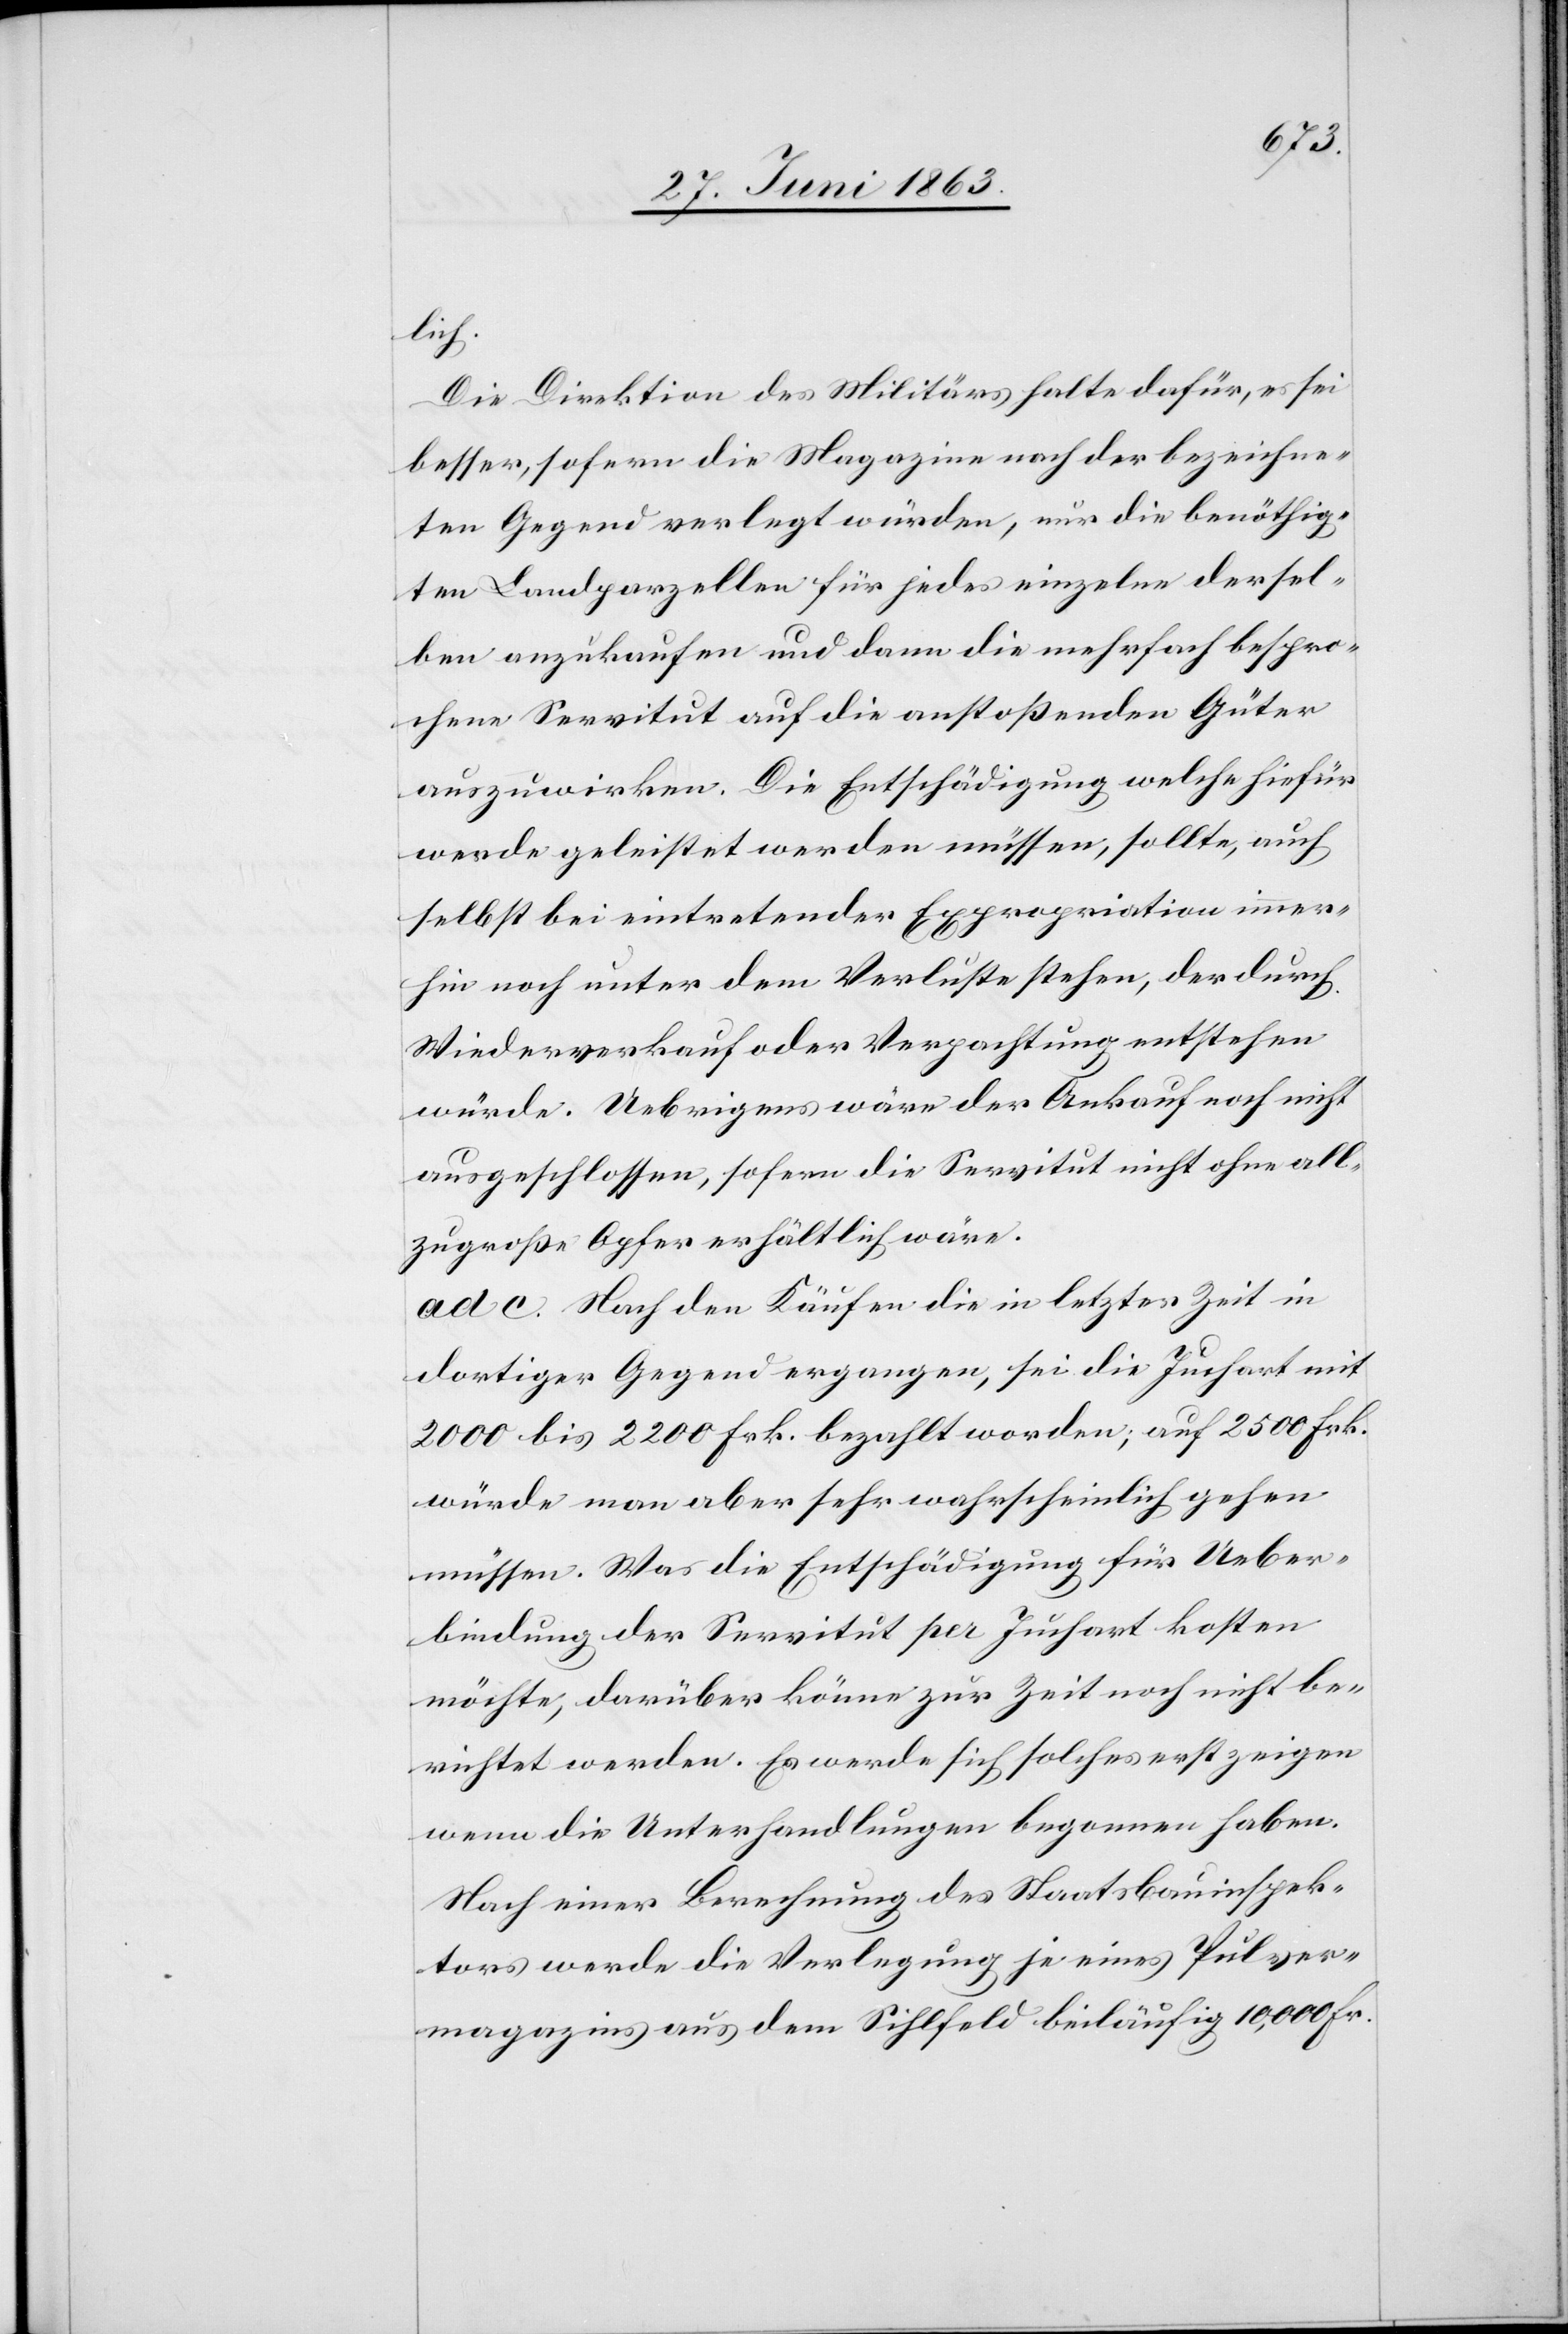
Die Direktion des Militärs halte dafür, es sei
besser, sofern die Magazine nach der bezeichne¬
ten Gegend verlegt würden, nur die benöthig¬
ten Landparzellen für jedes einzelne dersel¬
ben anzukaufen und dann die mehrfach bespro¬
chene Servitut auf die anstoßenden Güter
auszuwirken. Die Entschädigung welche hiefür
werde geleistet werden müssen, sollte, auch
selbst bei eintretender Expropriation immer¬
hin noch unter dem Verluste stehen, der durch
Wiederverkauf oder Verpachtung entstehen
würde. Uebrigens wäre der Ankauf noch nicht
ausgeschlossen, sofern die Servitut nicht ohne all¬
zugroße Opfer erhältlich wäre.
ad c. Nach den Käufen die in letzter Zeit in
dortiger Gegend ergangen, sei die Juchart mit
2000 bis 2200 Frk. bezahlt worden; auf 2500 Frk.
würde man aber sehr wahrscheinlich gehen
müssen. Was die Entschädigung für Ueber¬
bindung der Servitut per Juchart kosten
möchte, darüber könne zur Zeit noch nicht be¬
richtet werden. Es werde sich solches erst zeigen
wenn die Unterhandlungen begonnen haben.
Nach einer Berechnung des Staatsbauinspek¬
tors werde die Verlegung je eines Pulver¬
magazins aus dem Sihlfeld beiläufig 10,000 Fr.